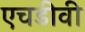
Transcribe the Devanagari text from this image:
एचडीवी